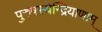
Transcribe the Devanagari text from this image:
पुरुषस्येन्द्रियाणाम्